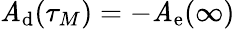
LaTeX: \mathit{A}_{\mathrm{{d}}}(\tau_{M})=-\mathit{A}_{\mathrm{{e}}}(\infty)